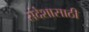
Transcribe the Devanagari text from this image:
संदेशासाठी